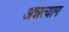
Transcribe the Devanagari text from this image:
अन्नत्याग